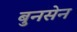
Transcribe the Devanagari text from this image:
बुनसेन